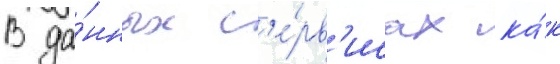
В да́нных с'е́рв'исах ка́к